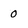
Character: 0